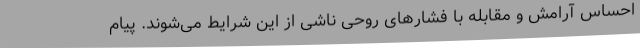
احساس آرامش و مقابله با فشارهای روحی ناشی از این شرایط می‌شوند. پیام